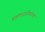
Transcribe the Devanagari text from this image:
ब्राह्मणजातीबरोबर